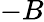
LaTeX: -B